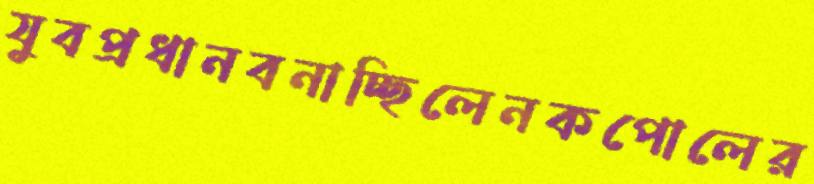
যুবপ্রধানবনাচ্ছিলেনকপোলের